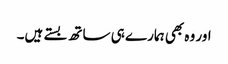
اور وہ بھی ہمارے ہی ساتھ بستے ہیں۔